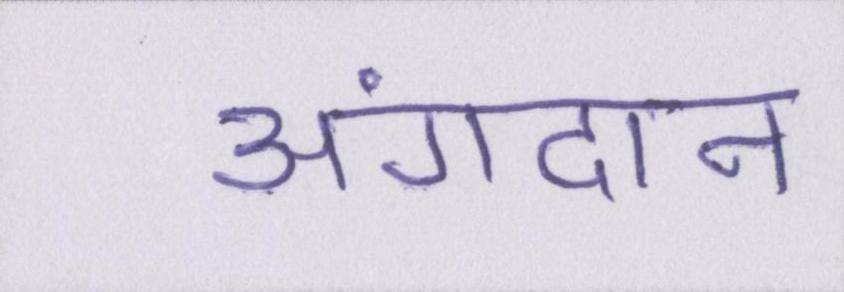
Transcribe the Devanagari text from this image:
अंगदान